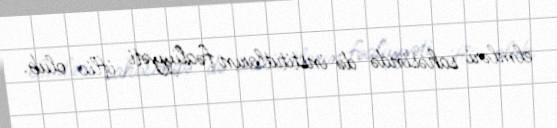
elmləri sahəsində də institutların fəaliyyəti iflic olub.